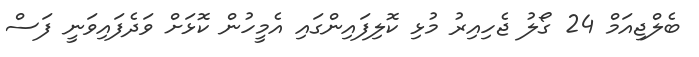
ބެލްޖިއަމް 24 ގޯލު ޖެހިއިރު މުޅި ކޮލިފައިންގައި އެމީހުން ކޮޅަށް ވަދެފައިވަނީ ފަސް